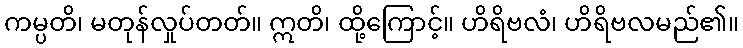
ကမ္ပတိ၊ မတုန်လှုပ်တတ်။ ဣတိ၊ ထို့ကြောင့်။ ဟိရိဗလံ၊ ဟိရိဗလမည်၏။